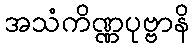
အသံကိဏ္ဏပုဗ္ဗာနိ